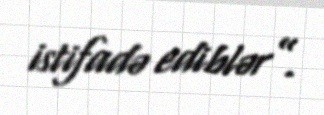
istifadə ediblər”.